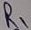
Text: R1